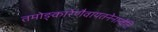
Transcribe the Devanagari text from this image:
तमोङ्कारेणैवायतनेनान्वेति